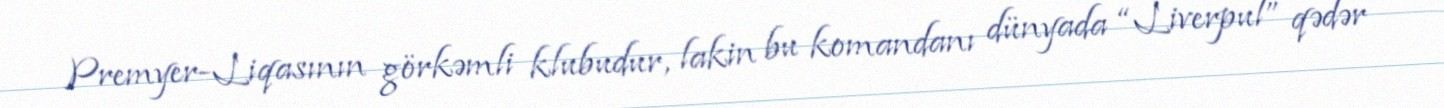
Premyer-Liqasının görkəmli klubudur, lakin bu komandanı dünyada “Liverpul” qədər